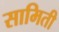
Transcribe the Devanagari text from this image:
सामिती